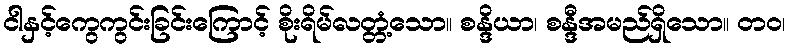
ငါနှင့်ကွေကွင်းခြင်းကြောင့် စိုးရိမ်လတ္တံ့သော။ စန္ဒိယာ၊ စန္ဒီအမည်ရှိသော။ တဝ၊